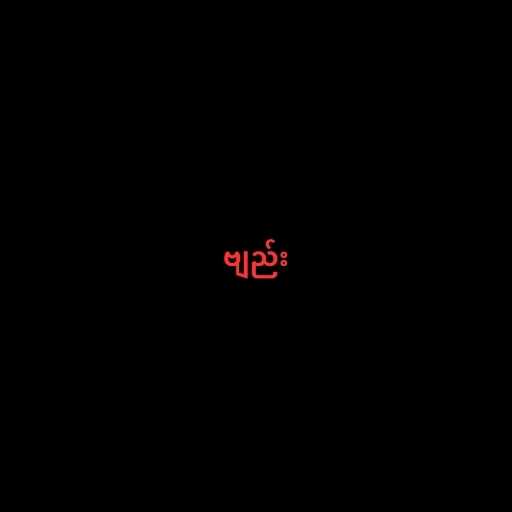
ဗျည်း